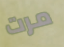
مرت